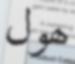
ھول